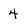
Character: 4